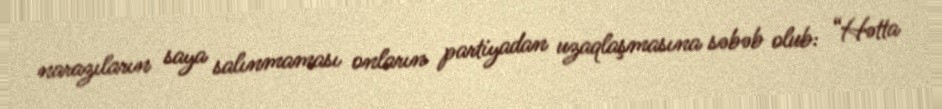
narazıların saya salınmaması onların partiyadan uzaqlaşmasına səbəb olub: “Hətta